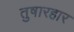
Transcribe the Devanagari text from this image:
तुषारहार